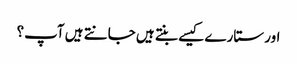
اور ستارے کیسے بنتے ہیں جانتے ہیں آپ؟